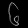
Digit: ၆